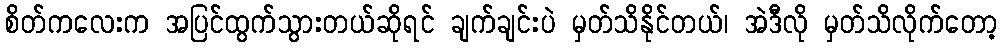
စိတ်ကလေးက အပြင်ထွက်သွားတယ်ဆိုရင် ချက်ချင်းပဲ မှတ်သိနိုင်တယ်၊ အဲဒီလို မှတ်သိလိုက်တော့